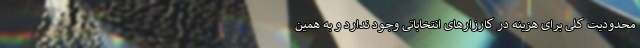
محدودیت کلی برای هزینه در کارزارهای انتخاباتی وجود ندارد و به همین